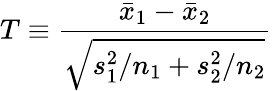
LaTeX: T\equiv{\frac{{\bar{x}}_{1}-{\bar{x}}_{2}}{\sqrt{s_{1}^{2}/n_{1}+s_{2}^{2}/n_{2}}}}